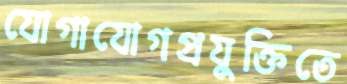
যোগাযোগপ্রযুক্তিতে